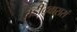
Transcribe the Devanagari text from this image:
तडीद्वाससं